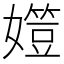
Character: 𡢒